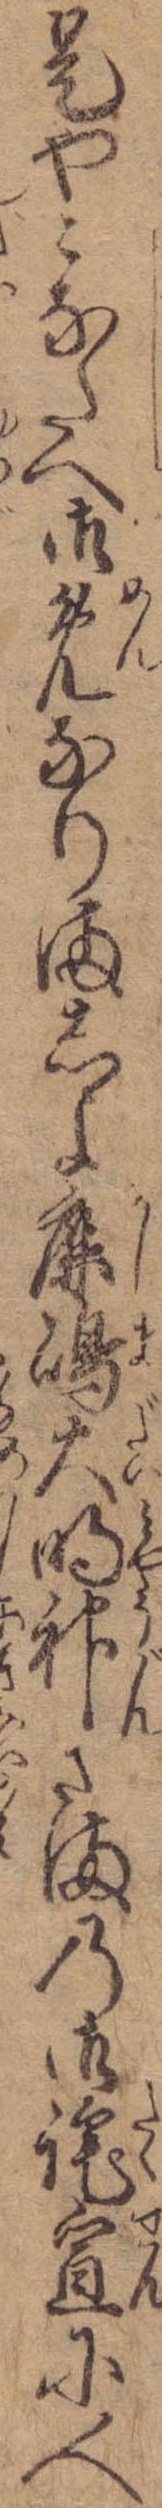
是やこなたへ御免なりましよ鹿島大明神さまの御詫宣に人